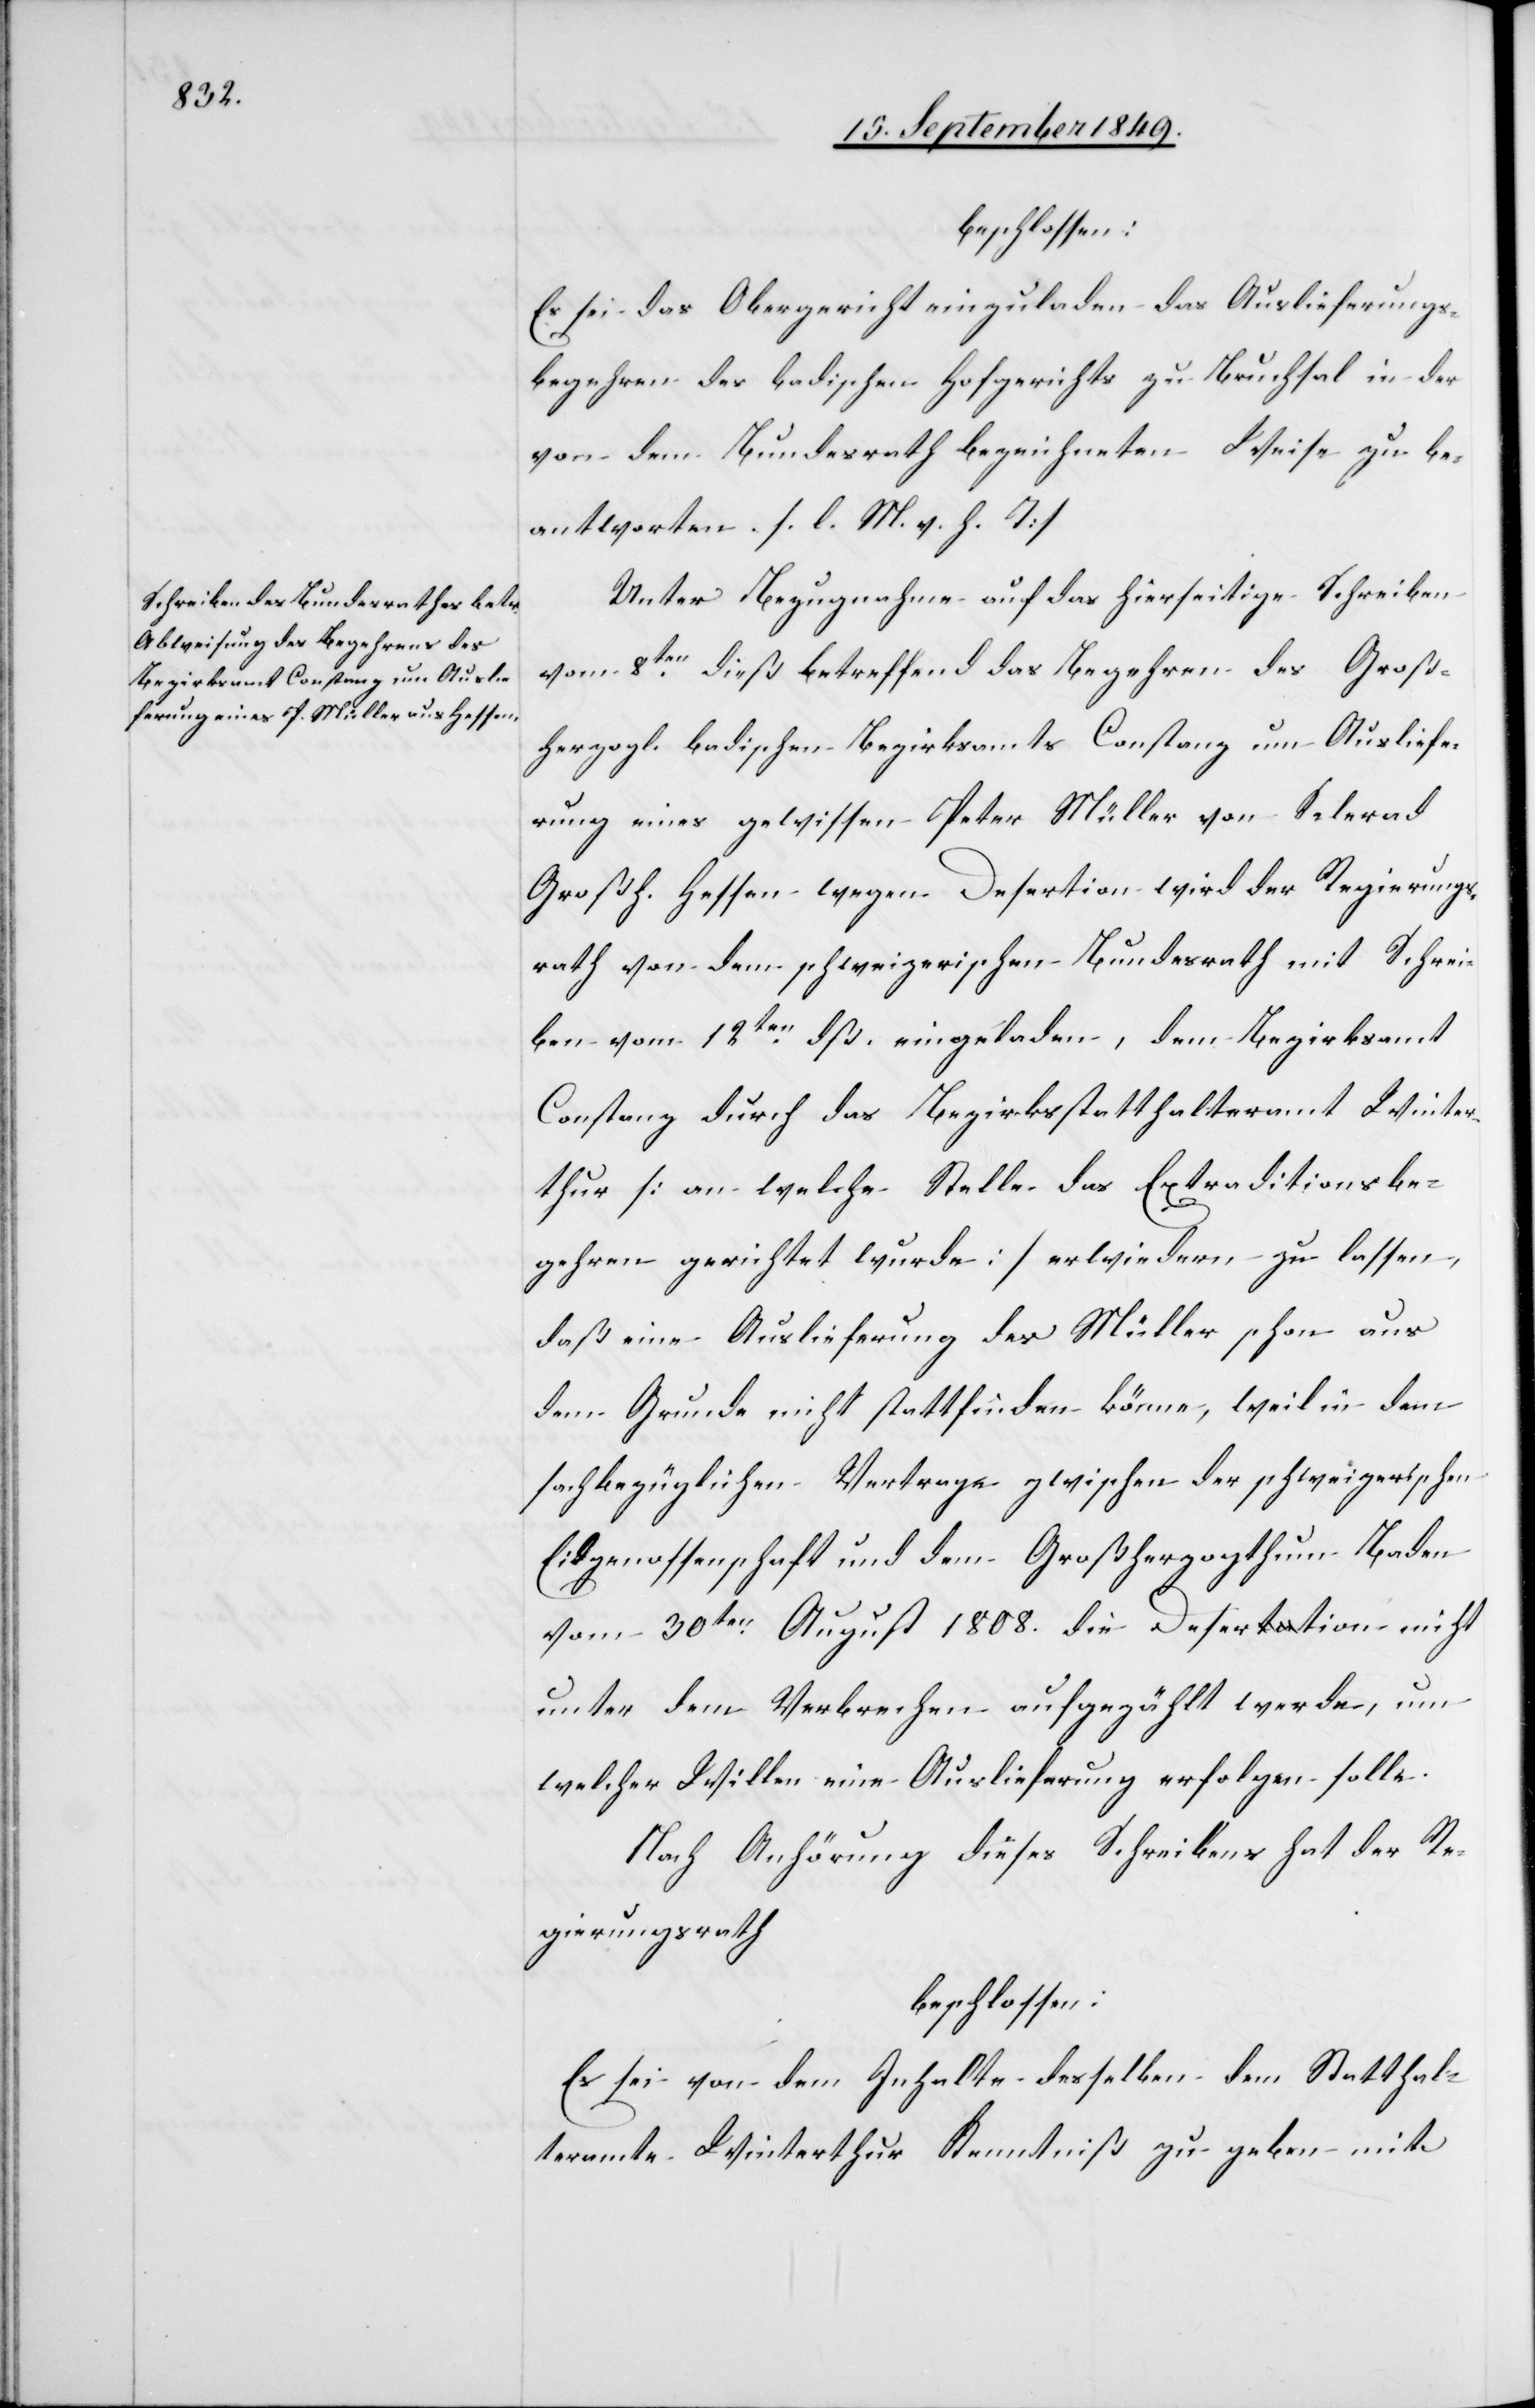
beschlossen:
Es sei das Obergericht einzuladen das Auslieferungs¬
begehren des badischen Hofgerichts zu Bruchsal in der
von dem Bundesrath bezeichneten Weise zu be¬
antworten. [l. M. v. h. T]
Unter Bezugnahme auf das hierseitige Schreiben
vom 8ten dieß betreffend das Begehren des Groß¬
herzogl. badischen Bezirksamts Constanz um Ausliefe¬
rung eines gewissen Peter Müller von Selerad
Großh. Hessen wegen Desertion wird der Regierungs¬
rath von dem schweizerischen Bundesrath mit Schrei¬
ben vom 12ten dß. eingeladen, dem Bezirksamt
Constanz durch das Bezirksstatthalteramt Winter¬
thur [an welche Stelle das Extraditionsbe¬
gehren gerichtet wurde] erwiedern zu lassen,
daß eine Auslieferung des Müller schon aus
dem Grunde nicht stattfinden könne, weil in dem
sachbezüglichen Vertrage zwischen der schweizerischen
Eidgenossenschaft und dem Großherzogthum Baden
vom 30ten August1808. die Desertion nicht
unter dem Verbrechen aufgezählt werde, um
welcher Willen eine Auslieferung erfolgen solle.
Nach Anhörung dieses Schreibens hat der Re¬
gierungsrath
beschlossen:
Es sei von dem Inhalte desselben dem Statthal¬
terasmte Winterthur Kenntniß zu geben mit